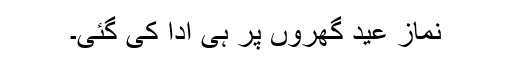
نمازِ عید گھروں پر ہی ادا کی گئی۔